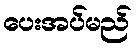
ပေးအပ်မည်